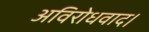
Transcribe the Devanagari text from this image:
अविरोधवाद।